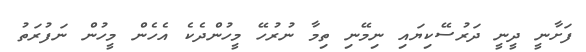
ފަށާނީ ދީނީ ދަރުސޭކިޔައި ނިމޭނި ތިމާ ނުރުހޭ މީހުންދެކެ އެހެން މީހުން ނަފުރަތު